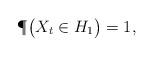
LaTeX: \begin{align*}\P\big(X_t\in H_1\big)=1,\end{align*}